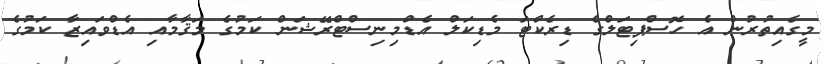
މީގެއިތުރުން އެ ހޮސްޕިޓަލްގެ ޑިރެކްޓަ މެޑިކަލް އެޑްމިނިސްޓްރޭޝަން ކަމުގެ މަޤާމާއި އެޑްވައިޒާ ކަމުގެ